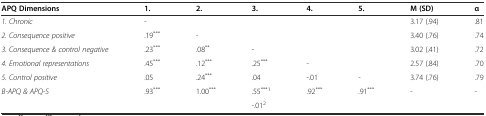
<table><thead><tr><td><b>APQ Dimensions</b></td><td><b>1.</b></td><td><b>2.</b></td><td><b>3.</b></td><td><b>4.</b></td><td><b>5.</b></td><td><b>M (SD)</b></td><td><b>α</b></td></tr></thead><tbody><tr><td><i>1. Chronic</i></td><td>-</td><td></td><td></td><td></td><td></td><td>3.17 (.94)</td><td>.81</td></tr><tr><td><i>2. Consequence positive</i></td><td>.19<sup>***</sup></td><td>-</td><td></td><td></td><td></td><td>3.40 (.76)</td><td>.74</td></tr><tr><td><i>3. Consequence &amp; control negative</i></td><td>.23<sup>***</sup></td><td>.08<sup>**</sup></td><td>-</td><td></td><td></td><td>3.02 (.41)</td><td>.72</td></tr><tr><td><i>4. Emotional representations</i></td><td>.45<sup>***</sup></td><td>.12<sup>***</sup></td><td>.25<sup>***</sup></td><td>-</td><td></td><td>2.57 (.84)</td><td>.70</td></tr><tr><td><i>5. Control positive</i></td><td>.05</td><td>.24<sup>***</sup></td><td>.04</td><td>-.01</td><td>-</td><td>3.74 (.76)</td><td>.79</td></tr><tr><td rowspan="2"><i>B-APQ &amp; APQ-S</i></td><td rowspan="2">.93<sup>***</sup></td><td rowspan="2">1.00<sup>***</sup></td><td>.55<sup>***1</sup></td><td rowspan="2">.92<sup>***</sup></td><td rowspan="2">.91<sup>***</sup></td><td rowspan="2">-</td><td rowspan="2">-</td></tr><tr><td>-.01<sup>2</sup></td></tr></tbody></table>